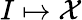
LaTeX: I\mapsto\mathcal X